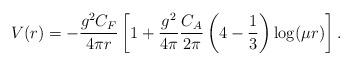
LaTeX: \begin{align*}{V(r)= -\frac{g^2 C_F}{4\pi r}\left[ 1+\frac{g^2}{4\pi}\frac{C_A}{2\pi }\left( {4}-\frac13 \right)\log(\mu r) \right] }\,.\end{align*}